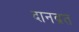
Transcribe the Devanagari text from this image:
दानव्रत